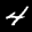
Label: 4